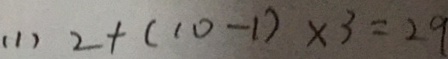
( 1 ) 2 + ( 1 0 - 1 ) \times 3 = 2 9